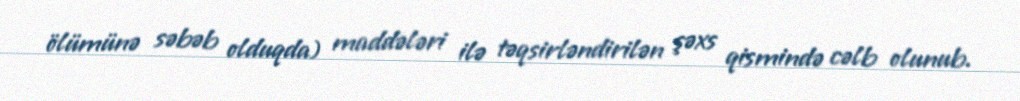
ölümünə səbəb olduqda) maddələri ilə təqsirləndirilən şəxs qismində cəlb olunub.